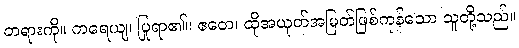
တရားကို။ ကရေယျ၊ ပြုရာ၏။ ဧတေ၊ ထိုအယုတ်အမြတ်ဖြစ်ကုန်သော သူတို့သည်။